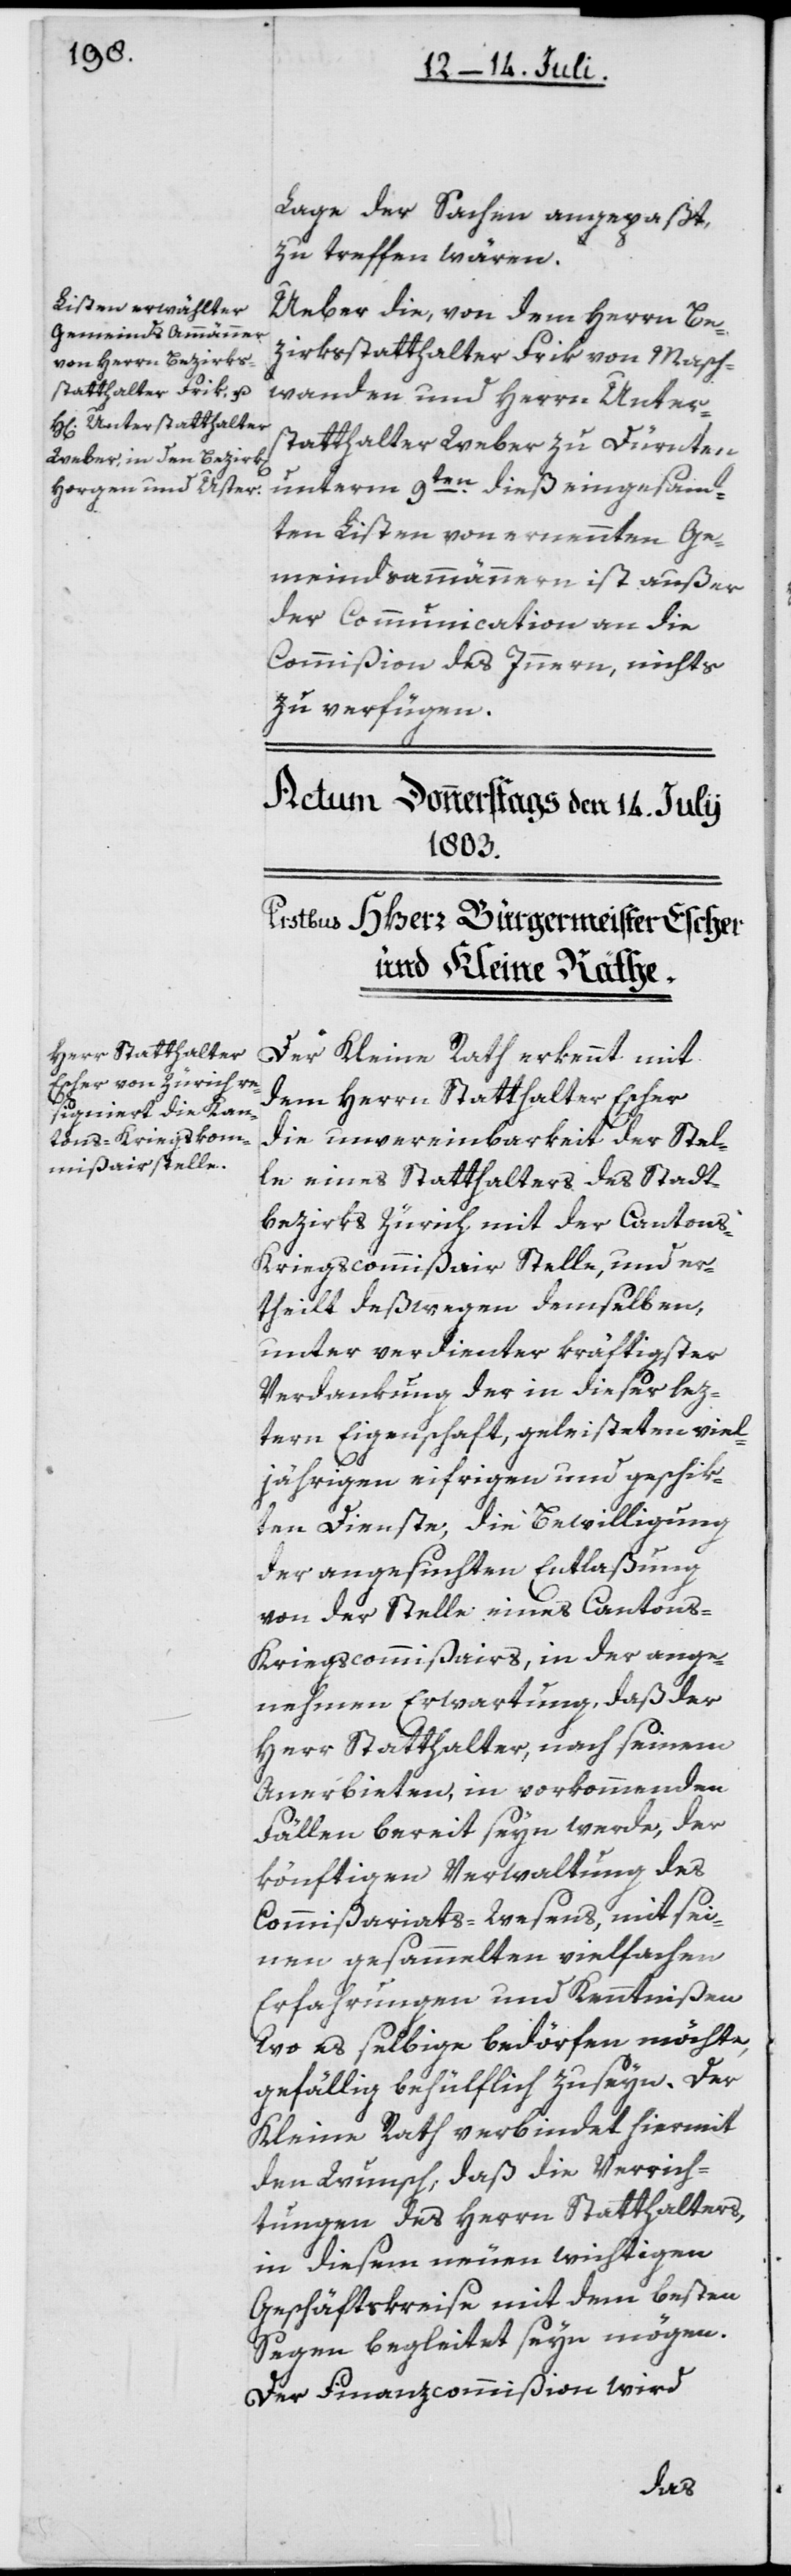
Lage der Sachen angepaßt,
zu treffen wären.
Ueber die, von dem Herrn Be¬
zirksstatthalter Frik von Masch¬
wanden und Herrn Unter¬
statthalter Weber zu Dürnten
unterm 9ten dieß eingesand¬
ten Listen von ernennten Ge¬
meindsammännern ist außer
der Communication an die
Commißion des Innern, nichts
zu verfügen.
Der Kleine Rath erkennt mit
dem Herrn Statthalter Escher
die unvereinbarkeit der Stel¬
le eines Statthalters des Stadt¬
bezirks Zürich mit der Cantons-K¬
riegscommißair Stelle, und er¬
theilt deßwegen demselben,
unter verdienter kräftigster
Verdankung der in dieser lez¬
tern Eigenschaft, geleisteten viel¬
jährigen eifrigen und geschik¬
ten Dienste, die Bewilligung
der angesuchten Entlaßung
von der Stelle eines Cantons-K¬
riegscommissairs, in der ange¬
nehmen Erwartung, daß der
Herr Statthalter, nach seinem
Anerbieten, in vorkommenden
Fällen bereit seyn werde, der
könftigen Verwaltung des
Commißariats-Wesens, mit sei¬
nen gesammelten vielfachen
Erfahrungen und Kenntnißen
wo es selbige bedörfen möchte,
gefällig behülflich zu seyn. Der
Kleine Rath verbindet hiermit
den Wunsch, daß die Verrich¬
tungen des Herrn Statthalters,
in diesem neuen wichtigen
Geschäftskreise mit dem besten
Segen begleitet seyn mögen.
Der Finanzcommißion wird